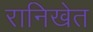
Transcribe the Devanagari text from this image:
रानिखेत